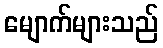
မျောက်များသည်